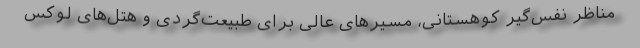
مناظر نفس‌گیر کوهستانی، مسیرهای عالی برای طبیعت‌گردی و هتل‌های لوکس